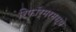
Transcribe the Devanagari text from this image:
रिफॉर्मरमध्ये